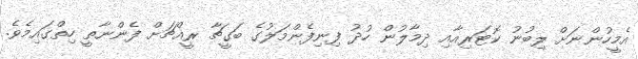
އެމީހުންނަށް ލިބުނު ކޮޓަރިއާއި ދިމާލުން ހުދު ފިނިފެންމަލުގެ ބަގީޗާ ރީއްޗަށް ފެންނާތީ ހިތްގައިމެވެ.